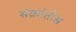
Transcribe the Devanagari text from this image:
संक्रांतीस